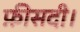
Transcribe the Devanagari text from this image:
फ़ीसदी।